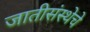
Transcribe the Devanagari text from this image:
जातीसंस्थेचे